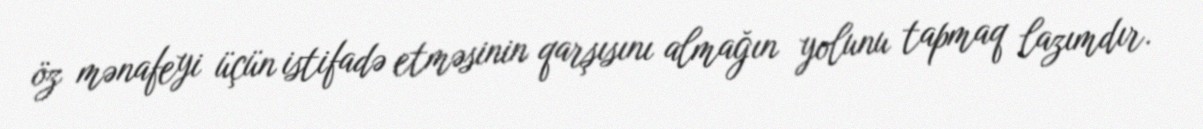
öz mənafeyi üçün istifadə etməsinin qarşısını almağın yolunu tapmaq lazımdır.